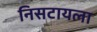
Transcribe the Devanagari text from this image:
निसटायला